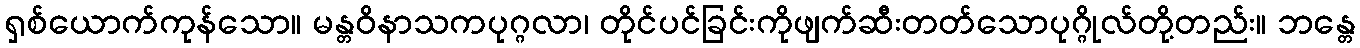
ရှစ်ယောက်ကုန်သော။ မန္တဝိနာသကပုဂ္ဂလာ၊ တိုင်ပင်ခြင်းကိုဖျက်ဆီးတတ်သောပုဂ္ဂိုလ်တို့တည်း။ ဘန္တေ